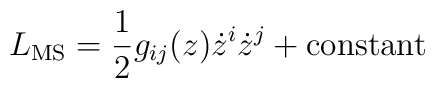
L_{\rm MS} =  {1\over 2} g_{ij}(z) \dot z^i \dot z^j   + {\rm constant}